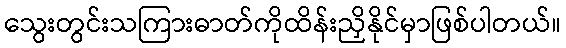
သွေးတွင်းသကြားဓာတ်ကိုထိန်းညှိနိုင်မှာဖြစ်ပါတယ်။